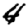
Digit: 4